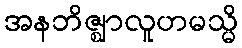
အနဘိဇ္ဈာလူဟမသ္မိ